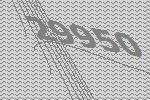
29950